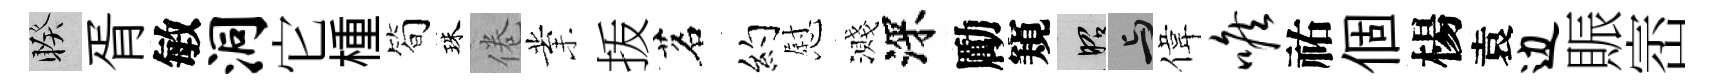
睽胥敏洞它㮔简珠倦業㧞茗约慰濺深勵窺昭与偉喉祐個楊袁边賑崈